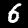
Label: 6